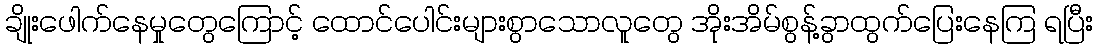
ချိုးဖေါက်နေမှုတွေကြောင့် ထောင်ပေါင်းများစွာသောလူတွေ အိုးအိမ်စွန့်ခွာထွက်ပြေးနေကြ ရပြီး